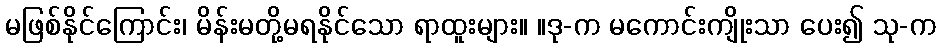
မဖြစ်နိုင်ကြောင်း၊ မိန်းမတို့မရနိုင်သော ရာထူးများ။ ။ဒု-က မကောင်းကျိုးသာ ပေး၍ သု-က